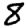
Digit: 8